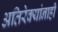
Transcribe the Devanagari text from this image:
अतिरेक्यांनाही